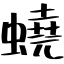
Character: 蟯